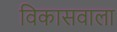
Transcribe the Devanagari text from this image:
विकासवाला